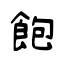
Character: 飽